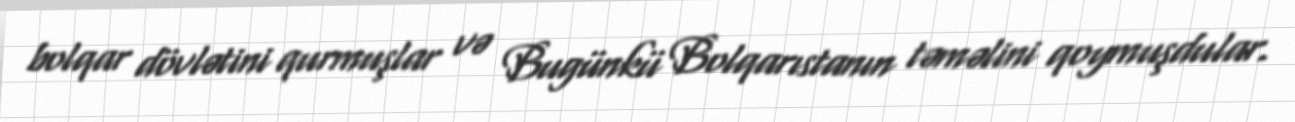
bolqar dövlətini qurmuşlar və Bugünkü Bolqarıstanın təməlini qoymuşdular.